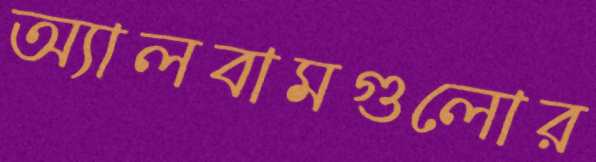
অ্যালবামগুলোর